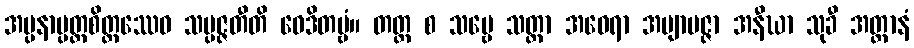
အပ္ပနာပ္ပတ္တစိတ္တဿေဝ သမ္ပဇ္ဇတီတိ ဝေဒိတဗ္ဗံ။ တတ္ထ စ သဗ္ဗေ သတ္တာ အဝေရာ အဗျာပဇ္ဇာ အနီဃာ သုခီ အတ္တာနံ